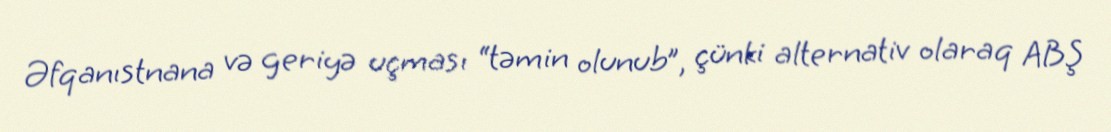
Əfqanıstnana və geriyə uçması “təmin olunub”, çünki alternativ olaraq ABŞ